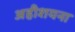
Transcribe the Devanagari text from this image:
अहीशयना